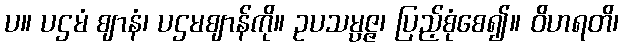
ပ။ ပဌမံ ဈာနံ၊ ပဌမဈာန်ကို။ ဥပသမ္ပဇ္ဇ၊ ပြည့်စုံစေ၍။ ဝိဟရတိ၊